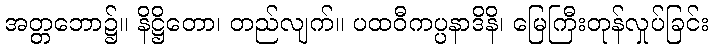
အတ္တဘော၌။ နိဋ္ဌိတော၊ တည်လျက်။ ပထဝီကပ္ပနာဒိနိ၊ မြေကြီးတုန်လှုပ်ခြင်း